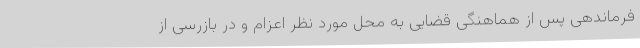
فرماندهی پس از هماهنگی قضایی به محل مورد نظر اعزام و در بازرسی از